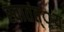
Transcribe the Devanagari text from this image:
स्वातंत््रय